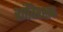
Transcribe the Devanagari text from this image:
शांतिरक्षक